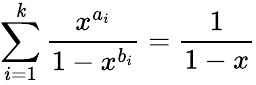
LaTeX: \sum\limits_{i=1}^{\mathit{k}}\frac{{x^{a_{i}}}}{{1-x^{b_{i}}}}=\frac{{1}}{{1-x}}